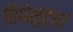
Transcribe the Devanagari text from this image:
तिथेसुद्धा